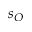
s _ { O }